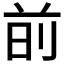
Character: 𫝐